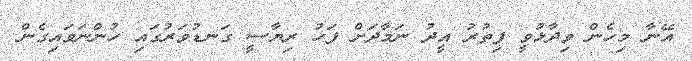
އޭނާ މިހެން ވިދާޅުވީ ފިތުރު އީދު ނަމާދަށް ފަހު ރިޔާސީ ގަނޑުވަރުގައި ހުންނަވައިގެން